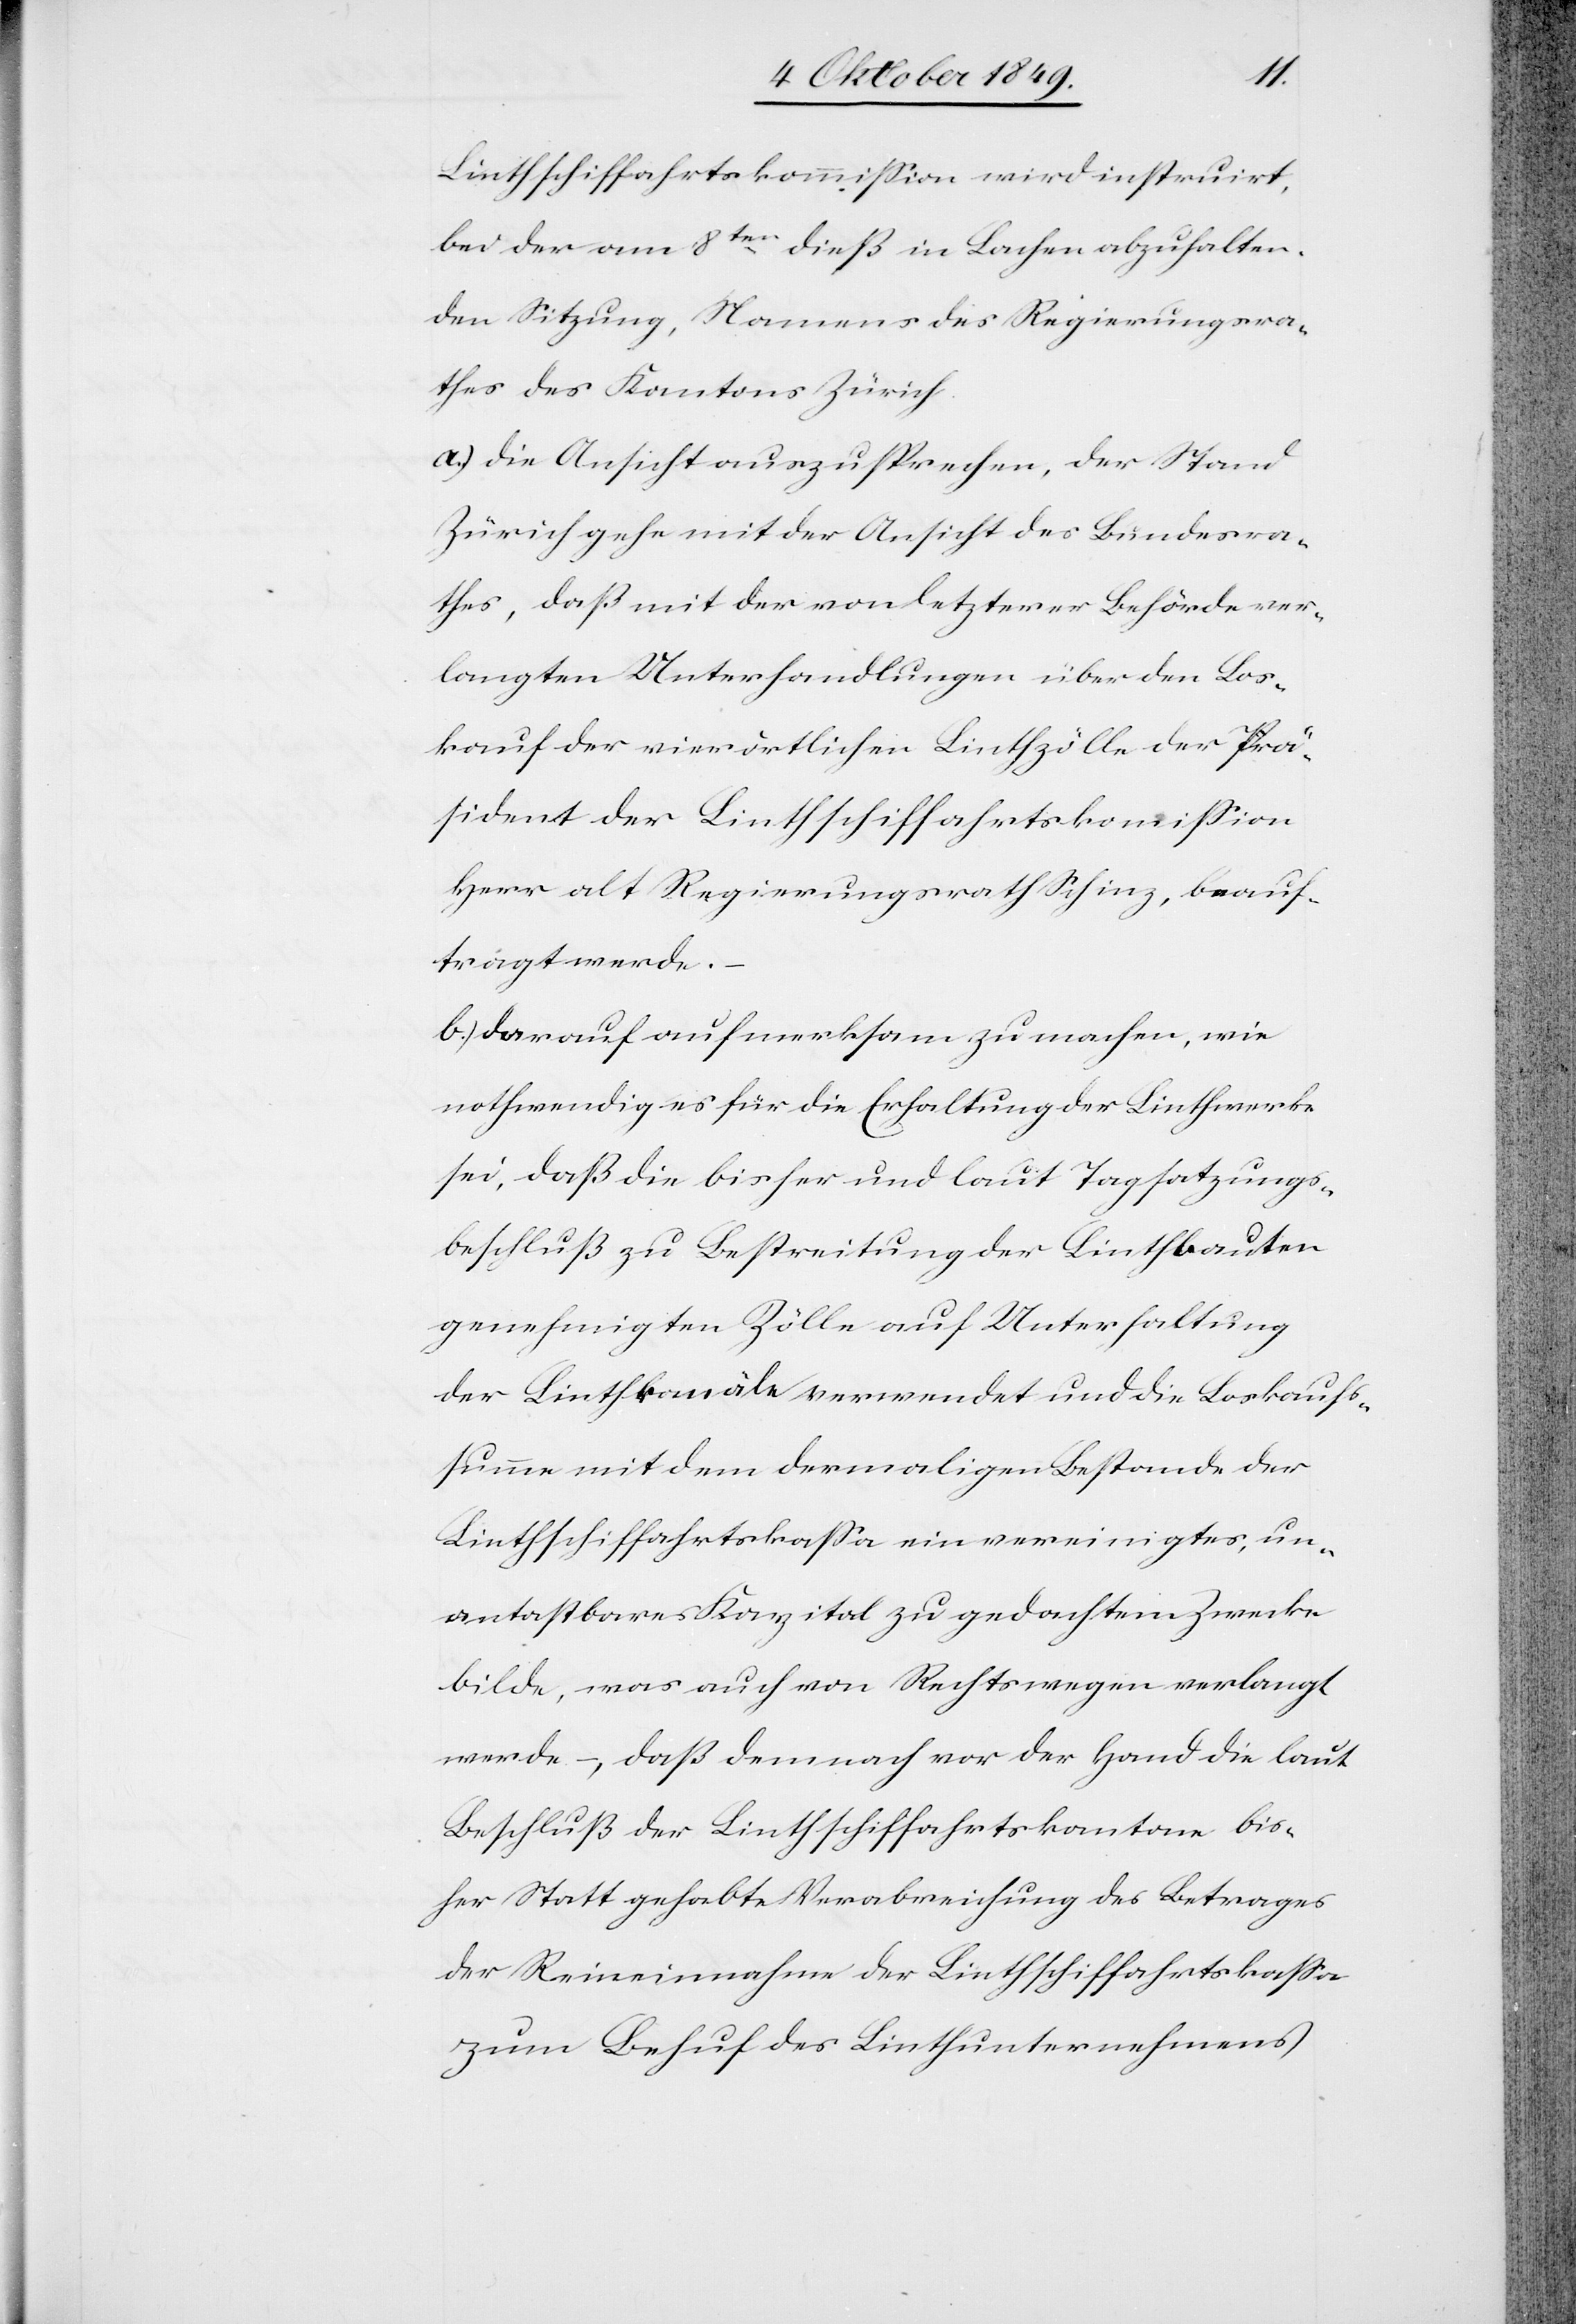
Linthschiffahrtskommißion wird instruirt,
bei der am 8ten dieß in Lachen abzuhalten¬
den Sitzung, Namens des Regierungsra¬
thes des Kantons Zürich.
a) die Ansicht auszusprechen, der Stand
Zürich gehe mit der Ansicht des Bundesra¬
thes, daß mit der von letzterer Behörde ver¬
langten Unterhandlungen über den Los¬
kauf der vierörtlichen Linthzölle der Prä¬
sident der Linthschiffahrtskommißion
Herr alt Regierungsrath Schinz, beauf¬
tragt werde.
b) darauf aufmerksam zu machen, wie
nothwendig es für die Erhaltung der Linthwerke
sei, daß die bisher und laut Tagsatzungs¬
beschluß zu Bestreitung der Linthbauten
genehmigten Zölle auf Unterhaltung
der Linthkanäle verwendet und die Loskaufs¬
summe mit dem damaligen Bestande der
Linthschiffahrtskaßa ein vereinigtes, un¬
antastbares Kapital zu gedachtem Zwecke
bilde, was auch von Rechtswegen verlangt
werde –, daß demnach vor der Hand die laut
Beschluß der Linthschiffahrtskantone bis¬
her Statt gehabte Verabreichung des Betrages
der Reineinnahme der Linthschiffahrtskaßa
zum Behuf des Linthunternehmens